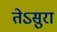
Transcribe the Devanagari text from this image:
तेऽसुरा